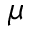
\mu